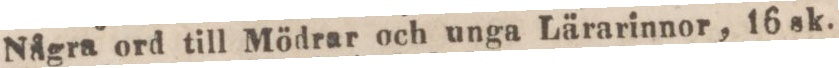
Några ord till Mödrar och unga Lärarinnor, 16 sk.